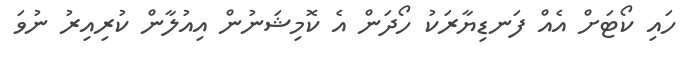
ހައި ކޯޓަށް އެއް ފަނޑިޔާރަކު ހޯދަން އެ ކޮމިޝަނުން އިއުލާން ކުރިއިރު ނުވަ